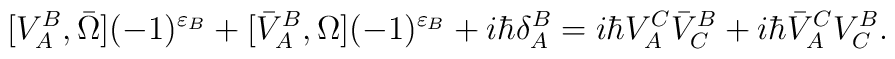
[V^B_A,\bar{\Omega}](-1)^{\varepsilon_B}+[\bar{V}^B_A,\Omega](-1)^{\varepsilon_B}+i\hbar\delta^B_A=i\hbar V^C_A\bar{V}^B_C+i\hbar\bar{V}^C_AV^B_C.